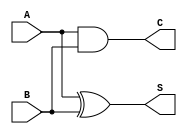
module CurrentModeHalfAdder (
    input A,          // Current input representing the first binary digit (0 or 1)
    input B,          // Current input representing the second binary digit (0 or 1)
    output reg S,     // Current output representing the sum of inputs A and B
    output reg C      // Current output representing the carry generated from the addition of A and B
);

// Combinational logic for Current-Mode Half-Adder
always @(*) begin
    // Calculate Sum (S) using XOR logic
    S = A ^ B; // XOR operation
    
    // Calculate Carry (C) using AND logic
    C = A & B; // AND operation
end

endmodule